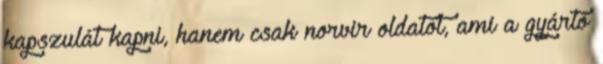
kapszulát kapni, hanem csak norvir oldatot, ami a gyártó